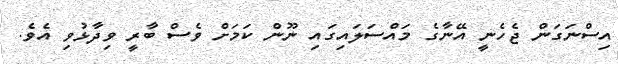
އިސްނަގަން ޖެހެނީ އޭނާގެ މައްސަލައިގައި ނޫން ކަމަށް ވެސް ބާރީ ވިދާޅުވި އެވެ.